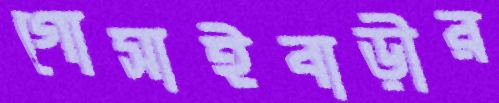
গোসাইবাড়ীর